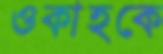
ওকাহকে